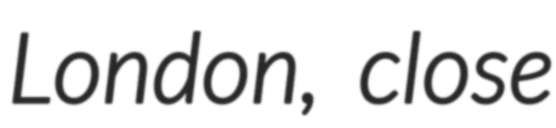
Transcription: London, close